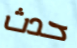
حدث